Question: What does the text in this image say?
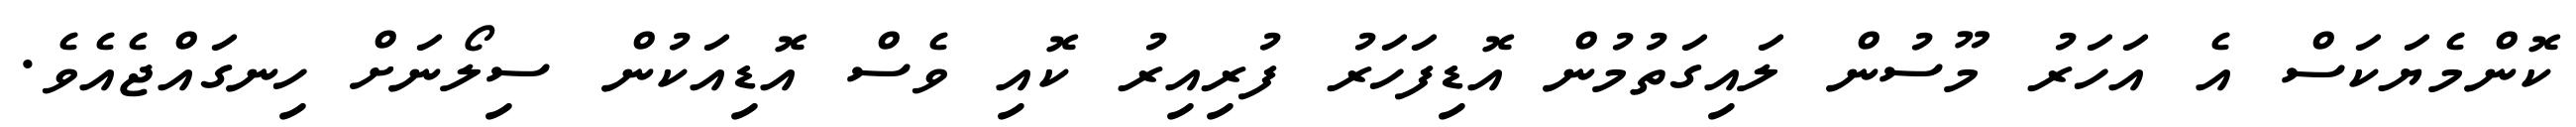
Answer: ކޮންމެޔަކަސް އެ އަހަރު މޫސުން ލައިގަތުމުން އޮޑިފަހަރު ފުރިއިރު ކޮއި ވެސް އޮޑިއަކުން ސިލޯނަށް ހިނގައްޖެއެވެ.